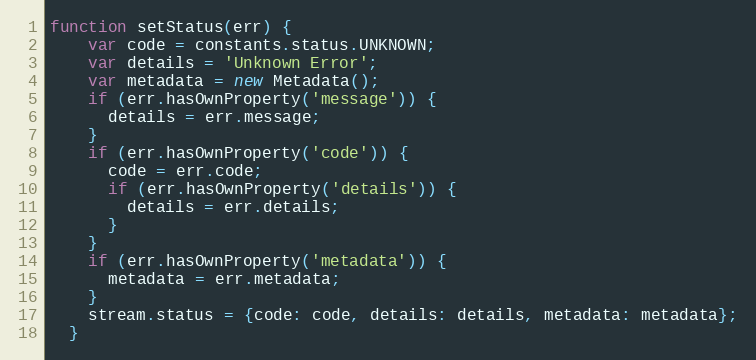
Language: JavaScript
function setStatus(err) {
    var code = constants.status.UNKNOWN;
    var details = 'Unknown Error';
    var metadata = new Metadata();
    if (err.hasOwnProperty('message')) {
      details = err.message;
    }
    if (err.hasOwnProperty('code')) {
      code = err.code;
      if (err.hasOwnProperty('details')) {
        details = err.details;
      }
    }
    if (err.hasOwnProperty('metadata')) {
      metadata = err.metadata;
    }
    stream.status = {code: code, details: details, metadata: metadata};
  }